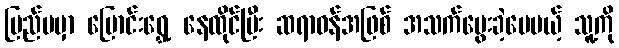
ပြည်ပမှာ ပြောင်းရွှေ့ နေထိုင်ပြီး ဆရာဝန်အဖြစ် အသက်မွေးခဲ့ပေမယ့် သူ့ကို